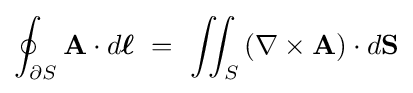
\oint _{\partial S}\mathbf {A} \cdot d{\boldsymbol {\ell }}\ =\ \iint _{S}\left(\nabla \times \mathbf {A} \right)\cdot d\mathbf {S}